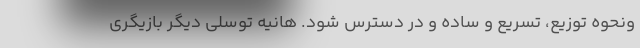
ونحوه توزیع، تسریع و ساده و در دسترس شود. هانیه توسلی دیگر بازیگری